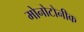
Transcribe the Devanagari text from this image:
मोनोटोनीक